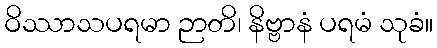
ဝိဿာသပရမာ ဉာတိ၊ နိဗ္ဗာနံ ပရမံ သုခံ။